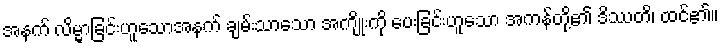
အနက် လိမ္မာခြင်းဟူသောအနက် ချမ်းသာသော အကျိုးကို ပေးခြင်းဟူသော အကန်တို့၏ ဒိဿတိ၊ ထင်၏။